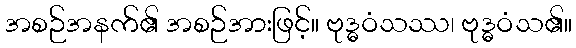
အစဉ်အနက်၏ အစဉ်အားဖြင့်။ ဗုဒ္ဓဝံသဿ၊ ဗုဒ္ဓဝံသ၏။